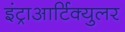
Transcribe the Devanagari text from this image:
इंट्राआर्टिक्युलर